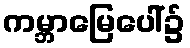
ကမ္ဘာမြေပေါ်၌